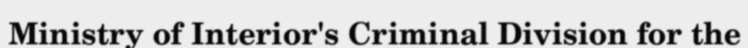
Ministry of Interior's Criminal Division for the